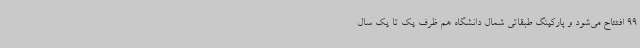
99 افتتاح می‌شود و پارکینگ طبقاتی شمال دانشگاه هم ظرف یک تا یک سال